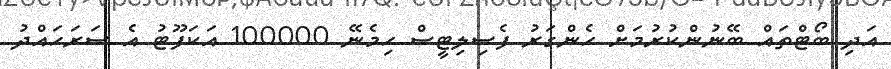
އަދި ބޯޓްތައް ބޭނުންކުރުމަށް ހެންގަރު ފެސިލިޓީސް ހިމެނޭ 100000 އަކަފޫޓު އެ ސަރަހައްދު